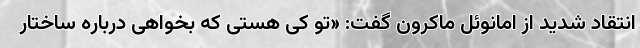
انتقاد شدید از امانوئل ماکرون گفت: «تو کی هستی که بخواهی درباره ساختار